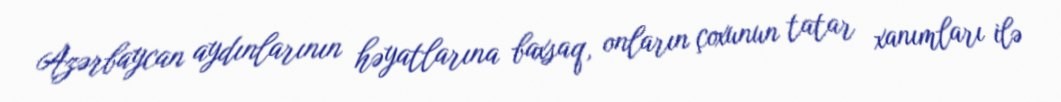
Azərbaycan aydınlarının həyatlarına baxsaq, onların çoxunun tatar xanımları ilə